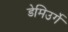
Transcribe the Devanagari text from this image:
डेमिउर्गे